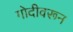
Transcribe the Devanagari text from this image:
गोदीवरून